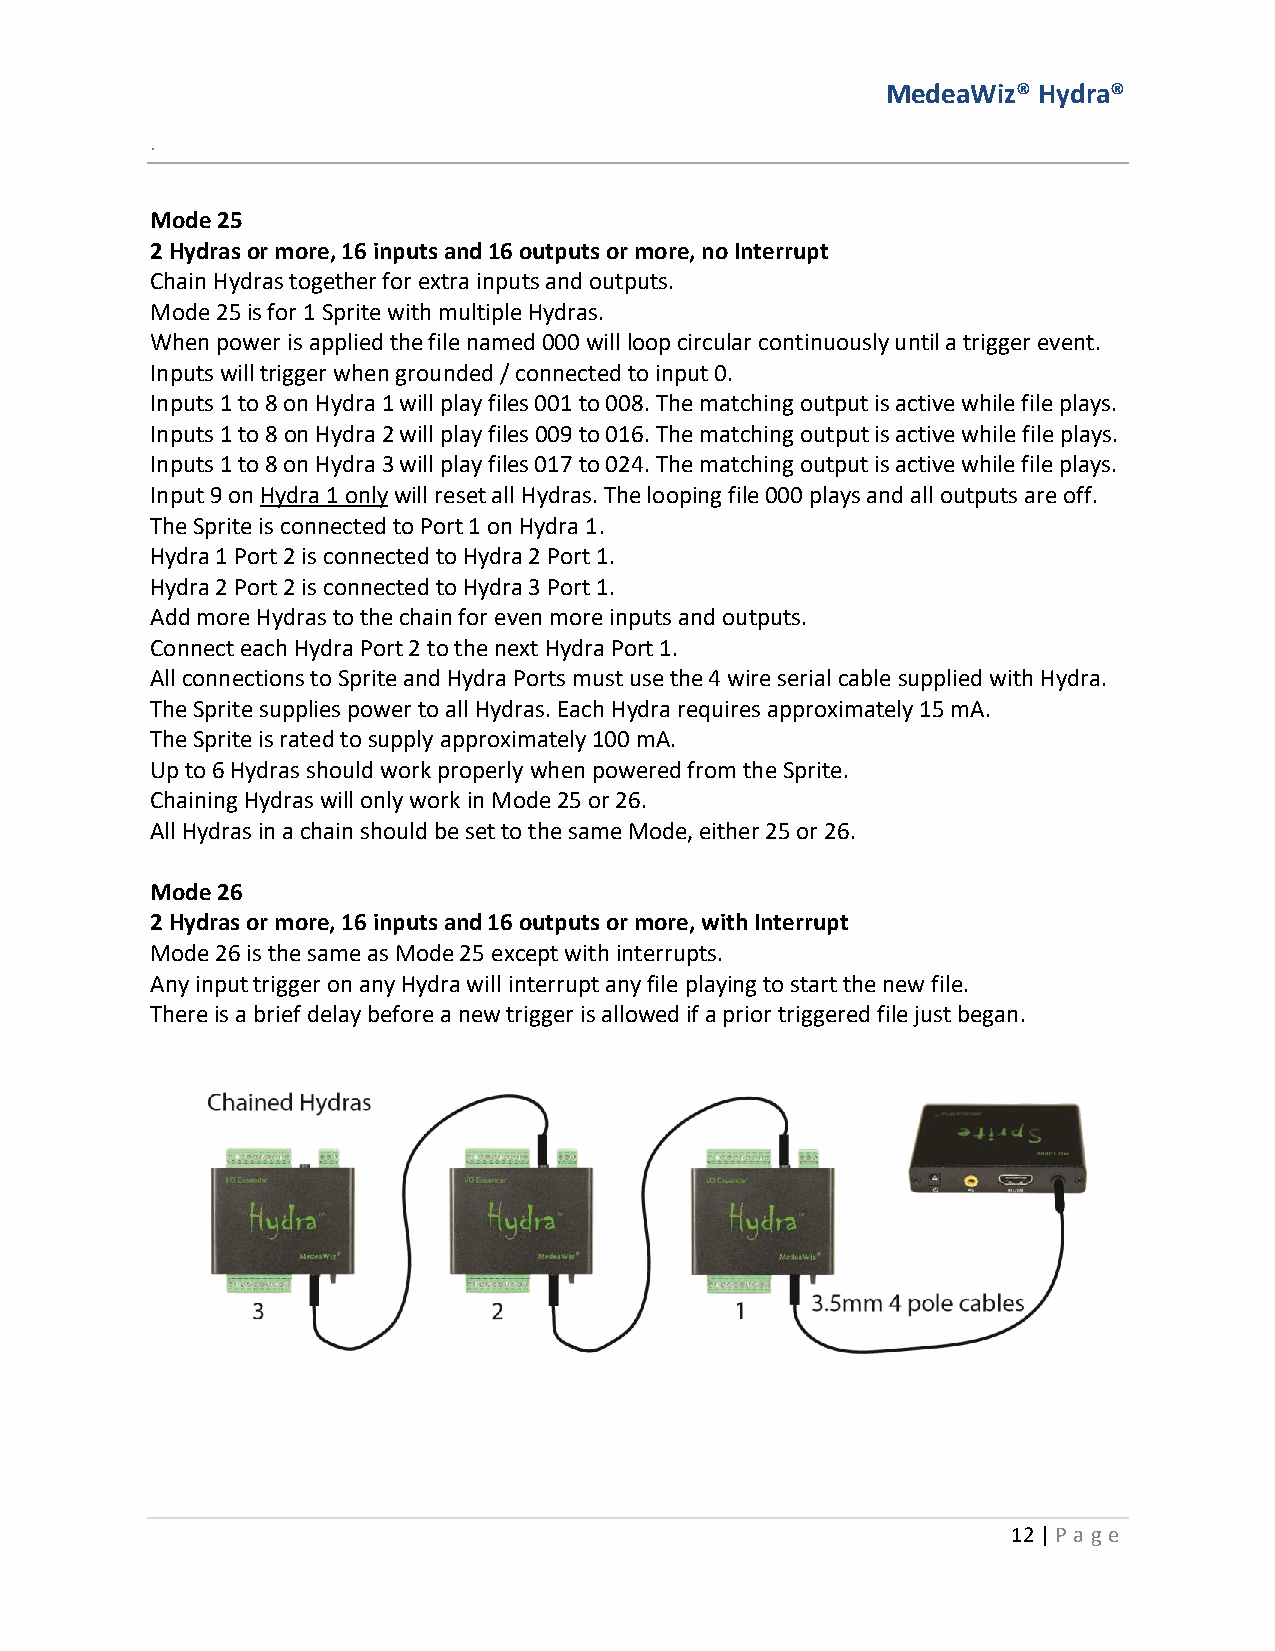
MedeaWiz® Hydra®
 .
 Mode 25
 2 Hydras or more, 16 inputs and 16 outputs or more, no Interrupt
 Chain Hydras together for extra inputs and outputs.
 Mode 25 is for 1 Sprite with multiple Hydras.
 When power is applied the file named 000 will loop circular continuously until a trigger event.
 Inputs will trigger when grounded / connected to input 0.
 Inputs 1 to 8 on Hydra 1 will play files 001 to 008. The matching output is active while file plays.
 Inputs 1 to 8 on Hydra 2 will play files 009 to 016. The matching output is active while file plays.
 Inputs 1 to 8 on Hydra 3 will play files 017 to 024. The matching output is active while file plays.
 Input 9 on Hydra 1 only will reset all Hydras. The looping file 000 plays and all outputs are off.
 The Sprite is connected to Port 1 on Hydra 1.
 Hydra 1 Port 2 is connected to Hydra 2 Port 1.
 Hydra 2 Port 2 is connected to Hydra 3 Port 1.
 Add more Hydras to the chain for even more inputs and outputs.
 Connect each Hydra Port 2 to the next Hydra Port 1.
 All connections to Sprite and Hydra Ports must use the 4 wire serial cable supplied with Hydra.
 The Sprite supplies power to all Hydras. Each Hydra requires approximately 15 mA.
 The Sprite is rated to supply approximately 100 mA.
 Up to 6 Hydras should work properly when powered from the Sprite.
 Chaining Hydras will only work in Mode 25 or 26.
 All Hydras in a chain should be set to the same Mode, either 25 or 26.
 Mode 26
 2 Hydras or more, 16 inputs and 16 outputs or more, with Interrupt
 Mode 26 is the same as Mode 25 except with interrupts.
 Any input trigger on any Hydra will interrupt any file playing to start the new file.
 There is a brief delay before a new trigger is allowed if a prior triggered file just began.
 12 | P age